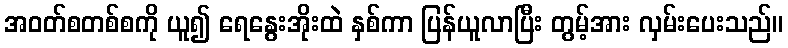
အဝတ်စတစ်စကို ယူ၍ ရေနွေးအိုးထဲ နှစ်ကာ ပြန်ယူလာပြီး တွမ့်အား လှမ်းပေးသည်။